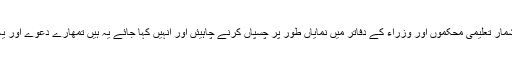
’’یہ اعداد و شمار تعلیمی محکموں اور وزراء کے دفاتر میں نمایاں طور پر چسپاں کرنے چاہیئں اور انہیں کہا جائے یہ ہیں تمھارے دعوے اور یہ ہے حقیقت۔